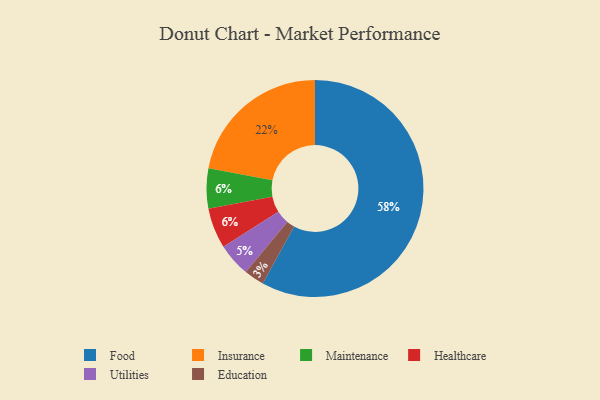
{"axis": {"x": "Category", "y": "Percentage"}, "legend": ["Education", "Food", "Healthcare", "Insurance", "Maintenance", "Utilities"], "data": [{"x": "Food", "y": 58, "type": "Food"}, {"x": "Maintenance", "y": 6, "type": "Maintenance"}, {"x": "Education", "y": 3, "type": "Education"}, {"x": "Insurance", "y": 22, "type": "Insurance"}, {"x": "Utilities", "y": 5, "type": "Utilities"}, {"x": "Healthcare", "y": 6, "type": "Healthcare"}]}